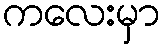
ကလေးမှာ